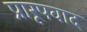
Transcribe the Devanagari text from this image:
प्रारूपवाद